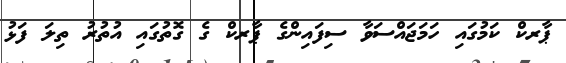
ޕާރކް ކަމުގައި ހަމަޖައްސަވާ ސިފައިންގެ ޕާރކް ގެ ގޮތުގައި އުތުރު ތިލަ ފަޅު